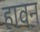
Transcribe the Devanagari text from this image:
हावन